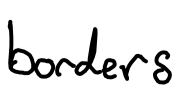
Text: borders
Cross-out: clean
Writing tool: digital_black